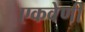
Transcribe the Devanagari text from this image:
एकवेणी